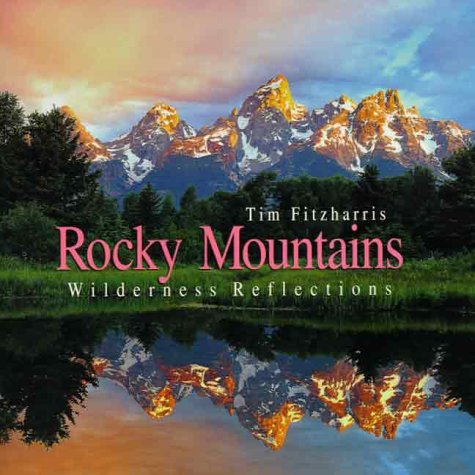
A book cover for Rocky Mountains: Wilderness Reflections; Tim Fitzharris; Science & Math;